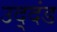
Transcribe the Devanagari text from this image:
उद्‌दंड